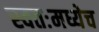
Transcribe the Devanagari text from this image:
स्वतःमध्येच